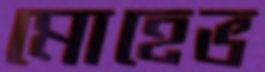
মোহেভ